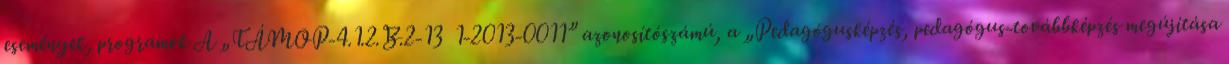
események, programok A „TÁMOP-4.1.2.B.2-13 1-2013-0011” azonosítószámú, a „Pedagógusképzés, pedagógus-továbbképzés megújítása